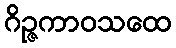
ဂိဉ္ဇကာဝသထေ